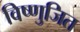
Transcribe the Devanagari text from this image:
विष्णुजित